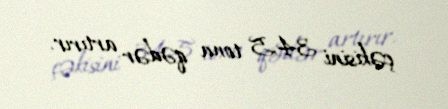
çəkisini 34,5 tona qədər artırır.